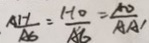
\frac { A H } { A G } = \frac { H O } { A G } = \frac { A D } { A A ^ { \prime } }